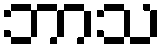
ဘာသ